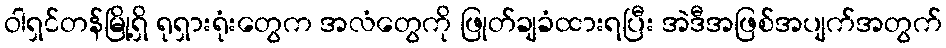
ဝါရှင်တန်မြို့ရှိ ရုရှားရုံးတွေက အလံတွေကို ဖြုတ်ချခံထားရပြီး အဲဒီအဖြစ်အပျက်အတွက်